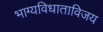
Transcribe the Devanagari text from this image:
भाग्यविधाताविजय